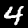
Label: 4